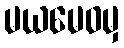
မယမေဝမှ